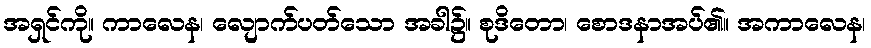
အရှင်ကို။ ကာလေန၊ လျောက်ပတ်သော အခါ၌။ စုဒိတော၊ စောဒနာအပ်၏။ အကာလေန၊